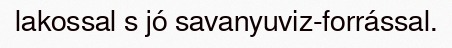
lakossal s jó savanyuviz-forrással.